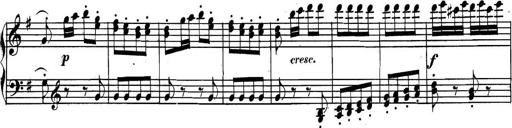
Title: Collected Piano Sonatas
Composer: Muzio Clementi